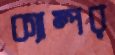
ক্যাম্পর